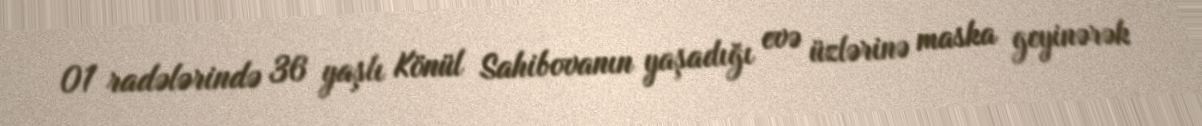
01 radələrində 36 yaşlı Könül Sahibovanın yaşadığı evə üzlərinə maska geyinərək